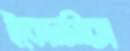
ইকোনমিক্স